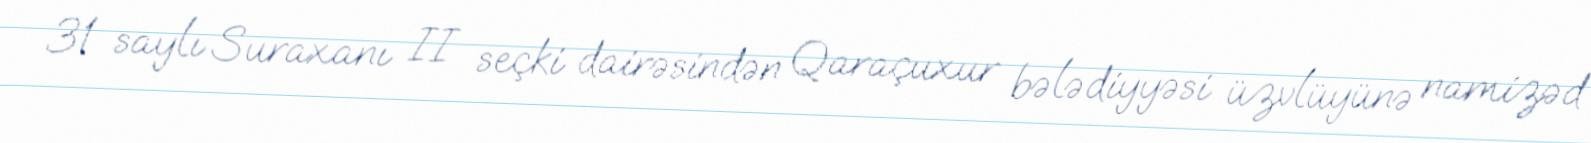
31 saylı Suraxanı II seçki dairəsindən Qaraçuxur bələdiyyəsi üzvlüyünə namizəd